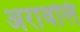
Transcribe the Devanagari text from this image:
अरावलि